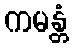
ကမန္တံ